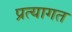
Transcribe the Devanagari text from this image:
प्रत्यागत